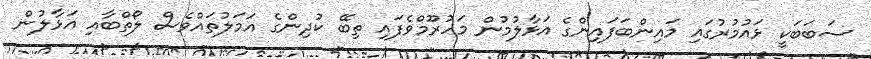
ސަބަބަކީ ޅައުމުރުގައި މައިންބަފައިންގެ އަޅާލުމުން މަހުރޫމްވެފައި ތިބޭ ކުދިންގެ އަމަލުތައްވެސް ލޯތްބާއި އަޅާލުން